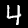
Label: 4